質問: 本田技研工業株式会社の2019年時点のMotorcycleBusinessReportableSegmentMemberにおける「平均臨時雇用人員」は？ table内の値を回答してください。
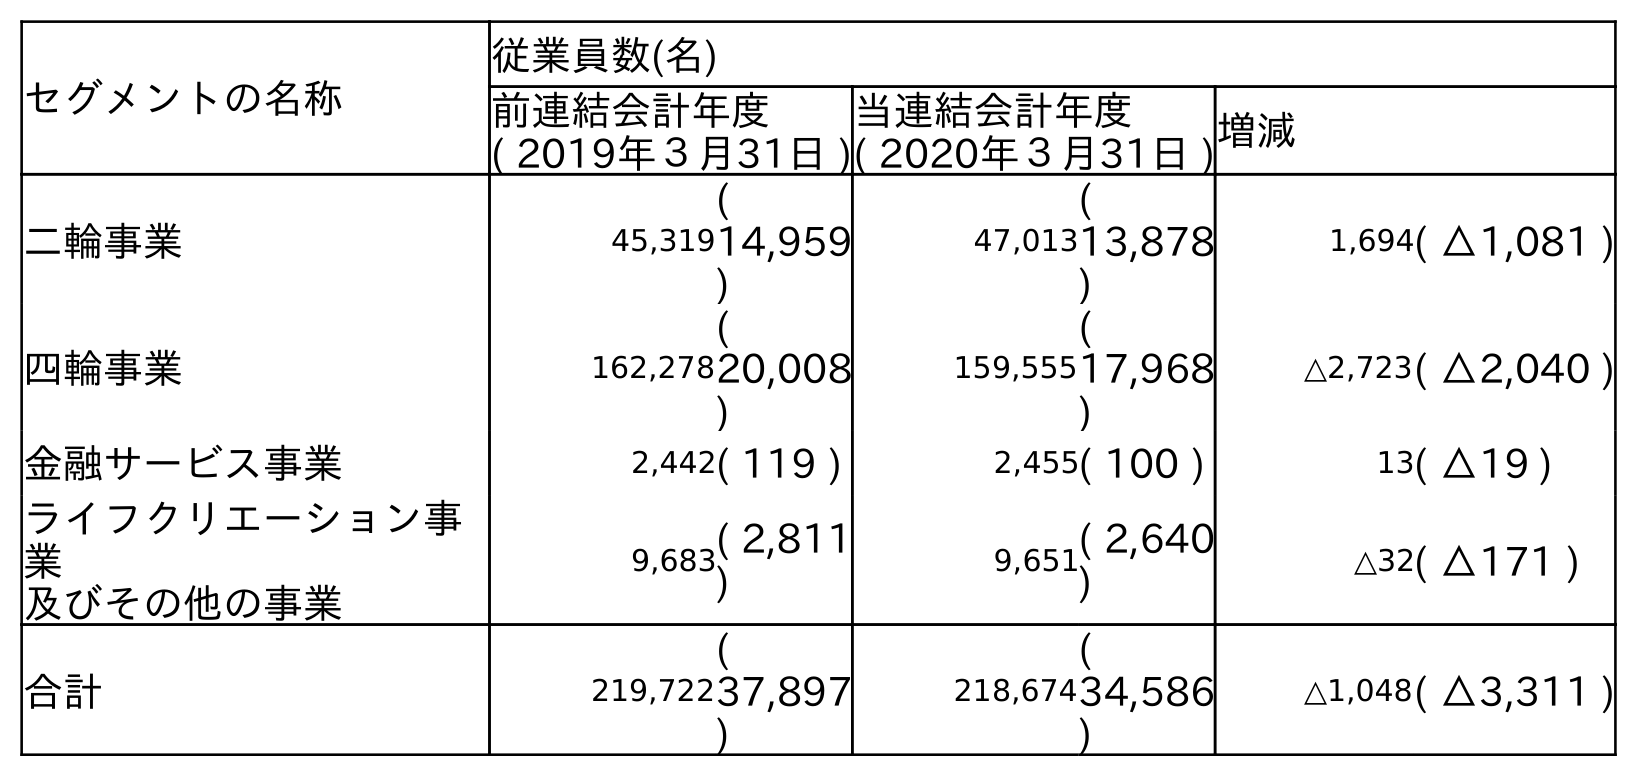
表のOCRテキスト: セグメントの名称 従業員数(名) 前連結会計年度 ( 2019年３月31日 ) 当連結会計年度 ( 2020年３月31日 )増減 二輪事業 45,319 ( 14,959 ) 47,013 ( 13,878 ) 1,694( △1,081 ) 四輪事業 162,278 ( 20,008 ) 159,555 ( 17,968 ) △2,723( △2,040 ) 金融サービス事業 2,442( 119 ) 2,455( 100 ) 13( △19 ) ライフクリエーション事 業 及びその他の事業 9,683( 2,811 ) 9,651( 2,640 ) △32( △171 ) 合計 219,722 ( 37,897 ) 218,674 ( 34,586 ) △1,048( △3,311 )
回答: (14,959)